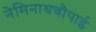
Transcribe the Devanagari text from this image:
नेमिनाथचौपाई